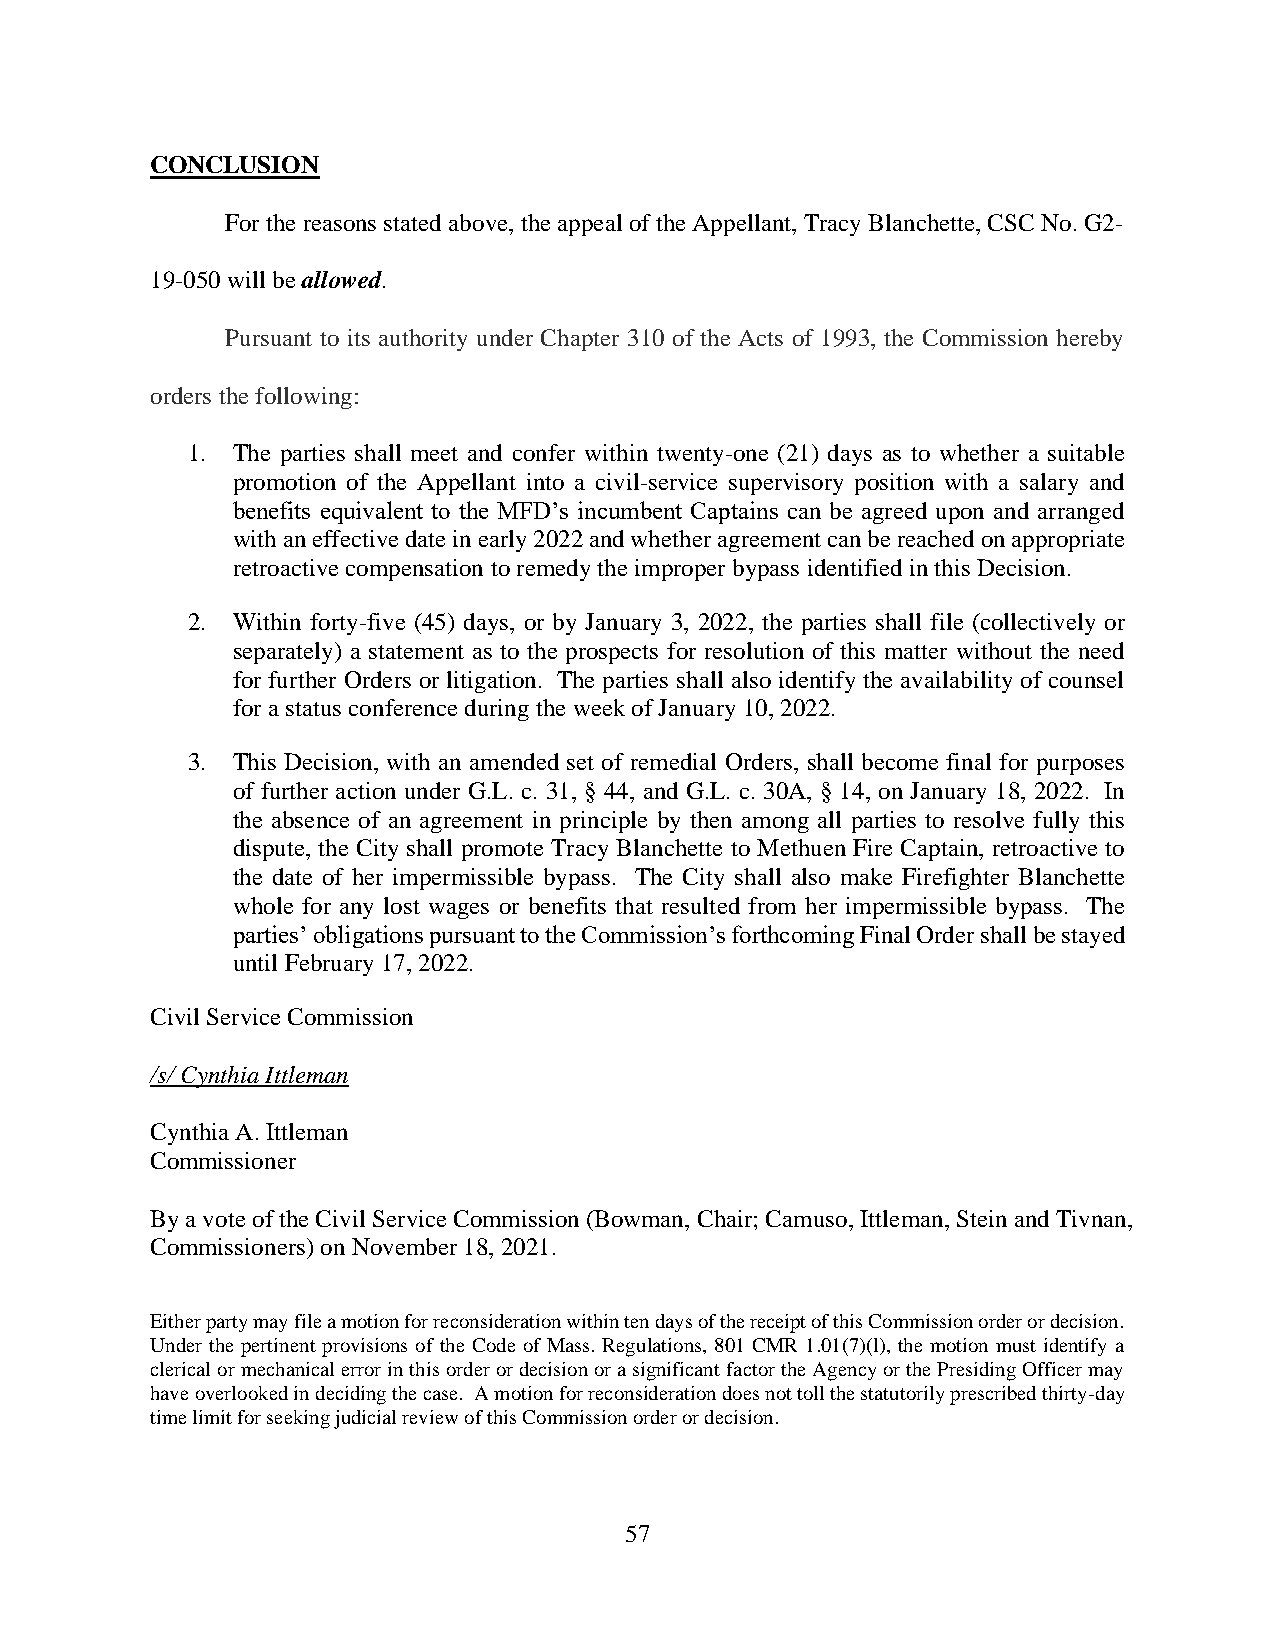
CONCLUSION
 For the reasons stated above, the appeal of the Appellant, Tracy Blanchette, CSC No. G2-
 19-050 will be allowed.
 Pursuant to its authority under Chapter 310 of the Acts of 1993, the Commission hereby
 orders the following:
 1. The parties shall meet and confer within twenty-one (21) days as to whether a suitable
 promotion of the Appellant into a civil-service supervisory position with a salary and
 benefits equivalent to the MFD’s incumbent Captains can be agreed upon and arranged
 with an effective date in early 2022 and whether agreement can be reached on appropriate
 retroactive compensation to remedy the improper bypass identified in this Decision.
 2. Within forty-five (45) days, or by January 3, 2022, the parties shall file (collectively or
 separately) a statement as to the prospects for resolution of this matter without the need
 for further Orders or litigation. The parties shall also identify the availability of counsel
 for a status conference during the week of January 10, 2022.
 3. This Decision, with an amended set of remedial Orders, shall become final for purposes
 of further action under G.L. c. 31, § 44, and G.L. c. 30A, § 14, on January 18, 2022. In
 the absence of an agreement in principle by then among all parties to resolve fully this
 dispute, the City shall promote Tracy Blanchette to Methuen Fire Captain, retroactive to
 the date of her impermissible bypass. The City shall also make Firefighter Blanchette
 whole for any lost wages or benefits that resulted from her impermissible bypass. The
 parties’ obligations pursuant to the Commission’s forthcoming Final Order shall be stayed
 until February 17, 2022.
 Civil Service Commission
 /s/ Cynthia Ittleman
 Cynthia A. Ittleman
 Commissioner
 By a vote of the Civil Service Commission (Bowman, Chair; Camuso, Ittleman, Stein and Tivnan,
 Commissioners) on November 18, 2021.
 Either party may file a motion for reconsideration within ten days of the receipt of this Commission order or decision.
 Under the pertinent provisions of the Code of Mass. Regulations, 801 CMR 1.01(7)(l), the motion must identify a
 clerical or mechanical error in this order or decision or a significant factor the Agency or the Presiding Officer may
 have overlooked in deciding the case. A motion for reconsideration does not toll the statutorily prescribed thirty-day
 time limit for seeking judicial review of this Commission order or decision.
 57